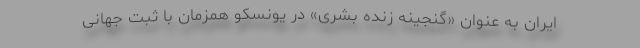
ایران به ‌عنوان «گنجینه زنده بشری» در یونسکو همزمان با ثبت جهانی